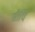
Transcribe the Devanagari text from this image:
सीधि